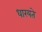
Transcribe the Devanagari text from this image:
धारयते